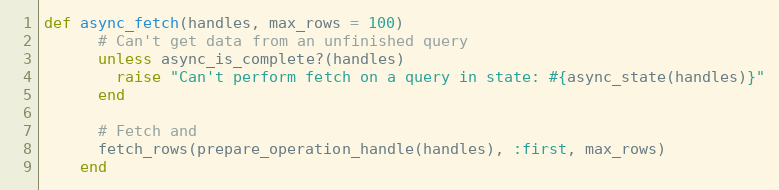
Language: Ruby
def async_fetch(handles, max_rows = 100)
      # Can't get data from an unfinished query
      unless async_is_complete?(handles)
        raise "Can't perform fetch on a query in state: #{async_state(handles)}"
      end

      # Fetch and
      fetch_rows(prepare_operation_handle(handles), :first, max_rows)
    end